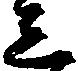
し